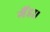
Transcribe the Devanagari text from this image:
गैंडा।